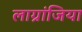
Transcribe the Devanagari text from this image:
लाग्रांजिया